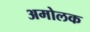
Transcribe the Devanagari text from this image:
अमोलक